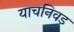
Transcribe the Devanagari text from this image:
याचनिवड